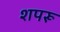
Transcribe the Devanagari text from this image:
शपरू